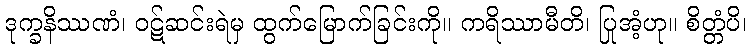
ဒုက္ခနိဿဏံ၊ ဝဋ်ဆင်းရဲမှ ထွက်မြောက်ခြင်းကို။ ကရိဿာမီတိ၊ ပြုအံ့ဟု။ စိတ္တံပိ၊